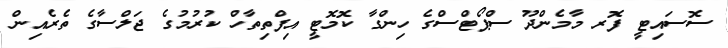
ސޮސައިޓީ ފޮރ މާމެންދޫ ސްޕޯޓްސްގެ ހިންގާ ކޮމޮޓީ އިފްތިތާހް ކުރުމުގެ ޖަލްސާގެ ތެރެއިން